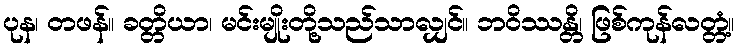
ပုန၊ တဖန်။ ခတ္တိယာ၊ မင်းမျိုးတို့သည်သာလျှင်။ ဘဝိဿန္တိ၊ ဖြစ်ကုန်လတ္တံ့။